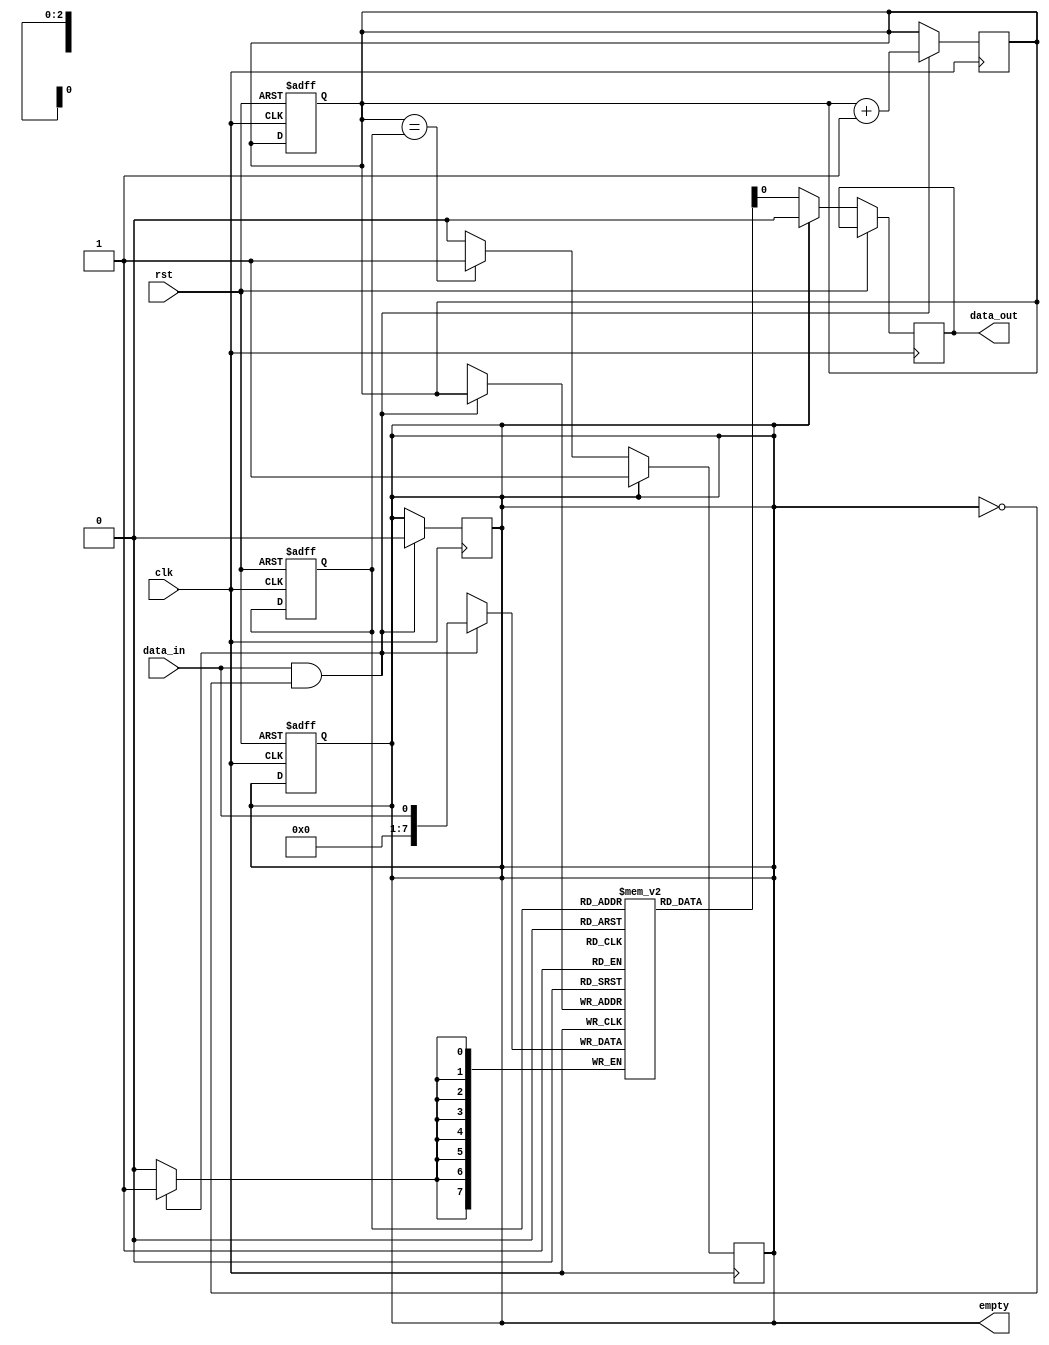
module Almost_Empty_FIFO (
    input wire clk,
    input wire rst,
    input wire data_in,
    output reg data_out,
    output reg empty
);

reg [7:0] fifo_buffer [0:7]; // 8-bit deep FIFO buffer
reg [2:0] head = 0;
reg [2:0] tail = 0;

always @(posedge clk or posedge rst) begin
    if (rst) begin
        head <= 0;
        tail <= 0;
        empty <= 1;
    end else begin
        if (empty) begin
            data_out <= 0; // Output 0 when buffer is empty
        end else begin
            data_out <= fifo_buffer[tail];
        end
    end
end

always @(posedge clk) begin
    if (!empty) begin
        if (head == tail) begin
            empty <= 1;
        end
    end
end

always @(posedge clk) begin
    if (data_in && !empty) begin
        fifo_buffer[head] <= data_in;
        head <= head + 1;
        empty <= 0;
    end
end

endmodule